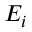
E _ { i }